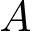
A